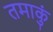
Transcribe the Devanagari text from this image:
तमाकुं